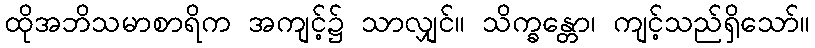
ထိုအဘိသမာစာရိက အကျင့်၌ သာလျှင်။ သိက္ခန္တော၊ ကျင့်သည်ရှိသော်။